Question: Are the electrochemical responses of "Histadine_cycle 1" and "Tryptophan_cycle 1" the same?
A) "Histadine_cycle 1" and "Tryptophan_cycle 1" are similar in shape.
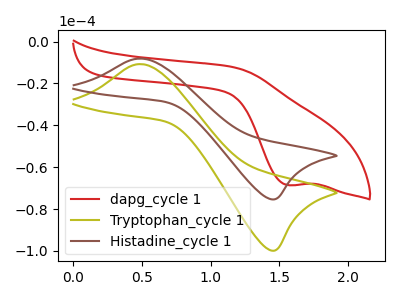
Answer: <think>The red curve "dapg_cycle 1" has a cathodic peak at: (1.55V, -68.60uA). The olive curve "Tryptophan_cycle 1" has an anodic peak at (0.50V, -10.80uA) and a cathodic peak at (1.45V, -99.85uA). The brown curve "Histadine_cycle 1" has an anodic peak at (0.50V, -8.15uA) and a cathodic peak at (1.45V, -75.35uA).
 All the peaks in "Histadine_cycle 1" have a peak in "Tryptophan_cycle 1" at the same potential.</think>
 <answer>A) "Histadine_cycle 1" and "Tryptophan_cycle 1" are similar in shape.</answer>
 <eval>A</eval>